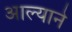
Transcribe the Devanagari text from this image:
आल्‍याने